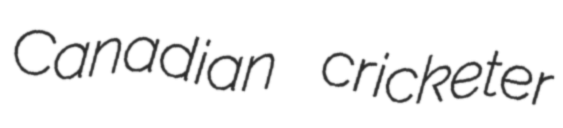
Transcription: Canadian cricketer